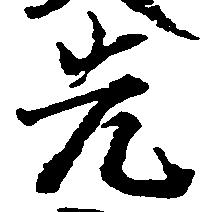
先